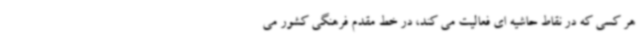
هر کسی که در نقاط حاشیه ای فعالیت می کند، در خط مقدم فرهنگی کشور می